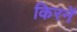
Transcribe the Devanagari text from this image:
किरनें